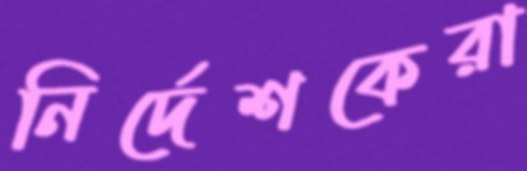
নির্দেশকেরা